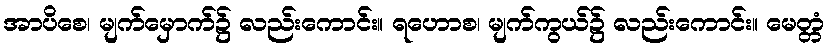
အာပိစေ၊ မျက်မှောက်၌ လည်းကောင်း။ ရဟောစ၊ မျက်ကွယ်၌ လည်းကောင်း။ မေတ္တံ